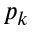
p _ { k }